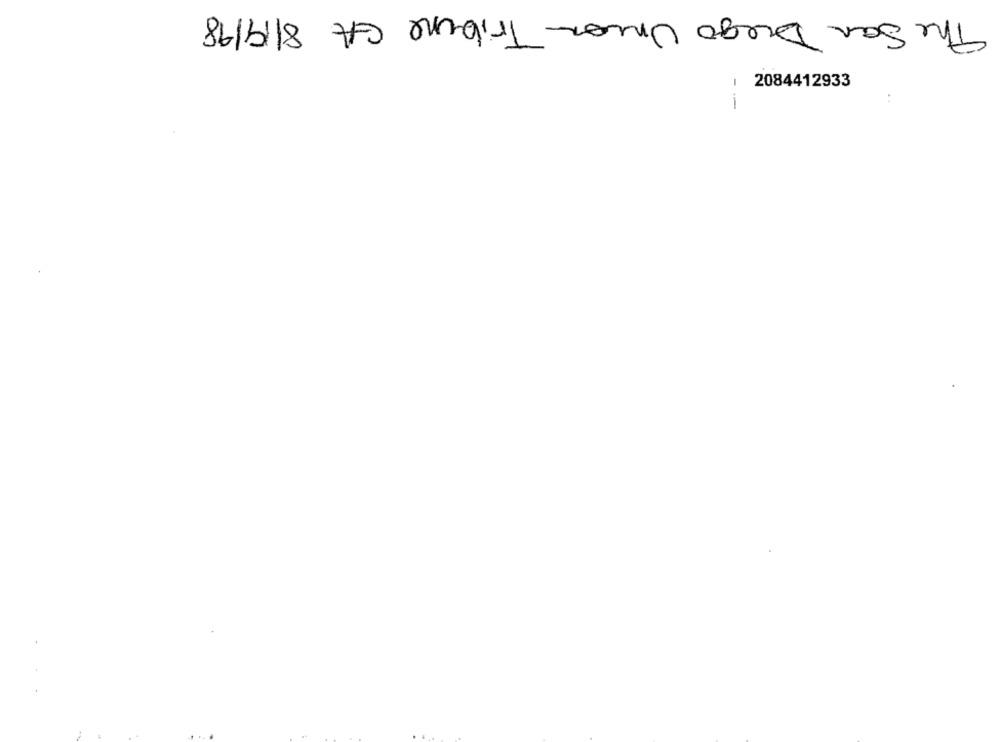
The San Diego Union Tribune GA 8/19/98
1
2084412933
1